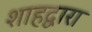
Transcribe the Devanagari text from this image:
शाहद्वारा